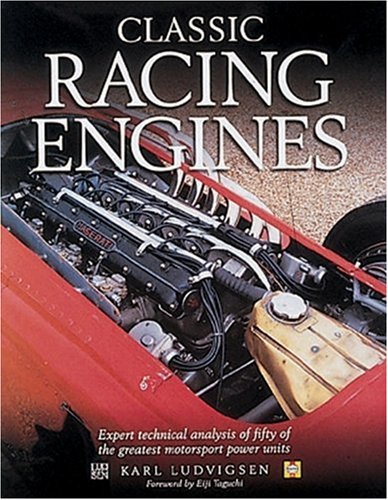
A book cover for Classic Racing Engines: Design, Development and Performance of the World's Top Motorsport Power Units; Karl Ludvigsen; Engineering & Transportation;